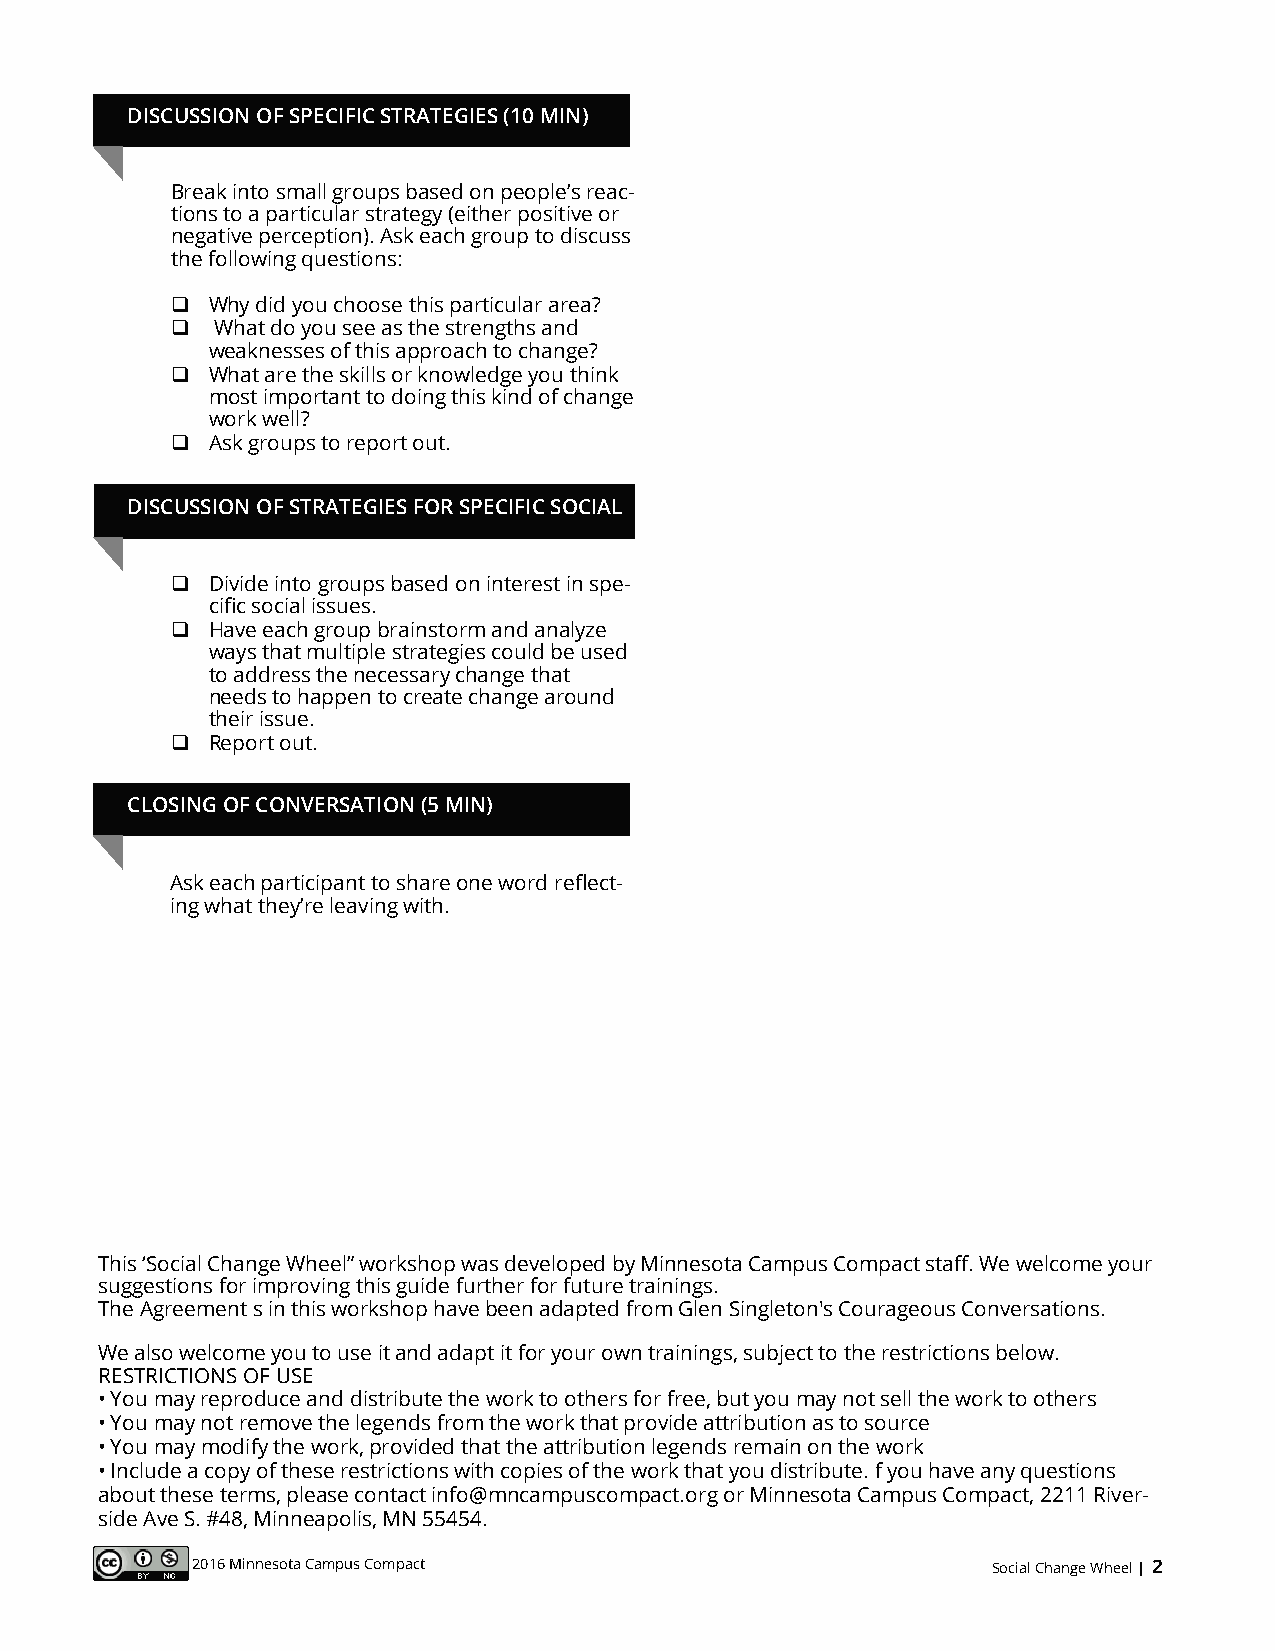
DISCUSSION OF SPECIFIC STRATEGIES (10 MIN)
 Break into small groups based on people’s reac-
 tions to a particular strategy (either positive or
 negative perception). Ask each group to discuss
 the following questions:
   Why did you choose this particular area?
   What do you see as the strengths and
 weaknesses of this approach to change?
   What are the skills or knowledge you think
 most important to doing this kind of change
 work well?
   Ask groups to report out.
 DISCUSSION OF STRATEGIES FOR SPECIFIC SOCIAL
   Divide into groups based on interest in spe-
 cific social issues.
   Have each group brainstorm and analyze
 ways that multiple strategies could be used
 to address the necessary change that
 needs to happen to create change around
 their issue.
   Report out.
 CLOSING OF CONVERSATION (5 MIN)
 Ask each participant to share one word reflect-
 ing what they’re leaving with.
 This ‘Social Change Wheel” workshop was developed by Minnesota Campus Compact staff. We welcome your
 suggestions for improving this guide further for future trainings.
 The Agreement s in this workshop have been adapted from Glen Singleton's Courageous Conversations.
 We also welcome you to use it and adapt it for your own trainings, subject to the restrictions below.
 RESTRICTIONS OF USE
 • You may reproduce and distribute the work to others for free, but you may not sell the work to others
 • You may not remove the legends from the work that provide attribution as to source
 • You may modify the work, provided that the attribution legends remain on the work
 • Include a copy of these restrictions with copies of the work that you distribute. f you have any questions
 about these terms, please contact info@mncampuscompact.org or Minnesota Campus Compact, 2211 River-
 side Ave S. #48, Minneapolis, MN 55454.
 2016 Minnesota Campus Compact                        Social Change Wheel | 2